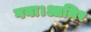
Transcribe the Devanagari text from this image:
गया।आमिर